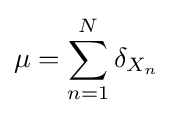
\mu =\sum _{n=1}^{N}\delta _{X_{n}}